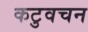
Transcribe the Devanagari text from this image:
कटुवचन